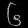
Digit: ၆